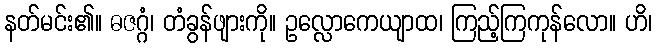
နတ်မင်း၏။ ဓဇဂ္ဂံ၊ တံခွန်ဖျားကို။ ဥလ္လောကေယျာထ၊ ကြည့်ကြကုန်လော။ ဟိ၊